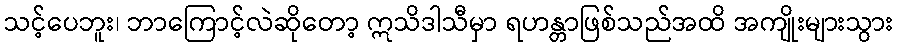
သင့်ပေဘူး၊ ဘာကြောင့်လဲဆိုတော့ ဣသိဒါသီမှာ ရဟန္တာဖြစ်သည်အထိ အကျိုးများသွား